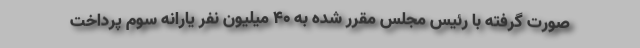
صورت گرفته با رئیس مجلس مقرر شده به 40 میلیون نفر یارانه سوم پرداخت